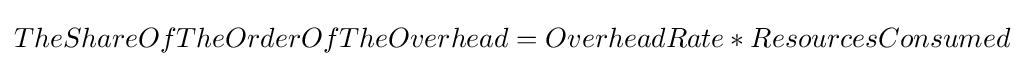
TheShareOfTheOrderOfTheOverhead=OverheadRate*ResourcesConsumed